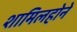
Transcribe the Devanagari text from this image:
शामिलहोने